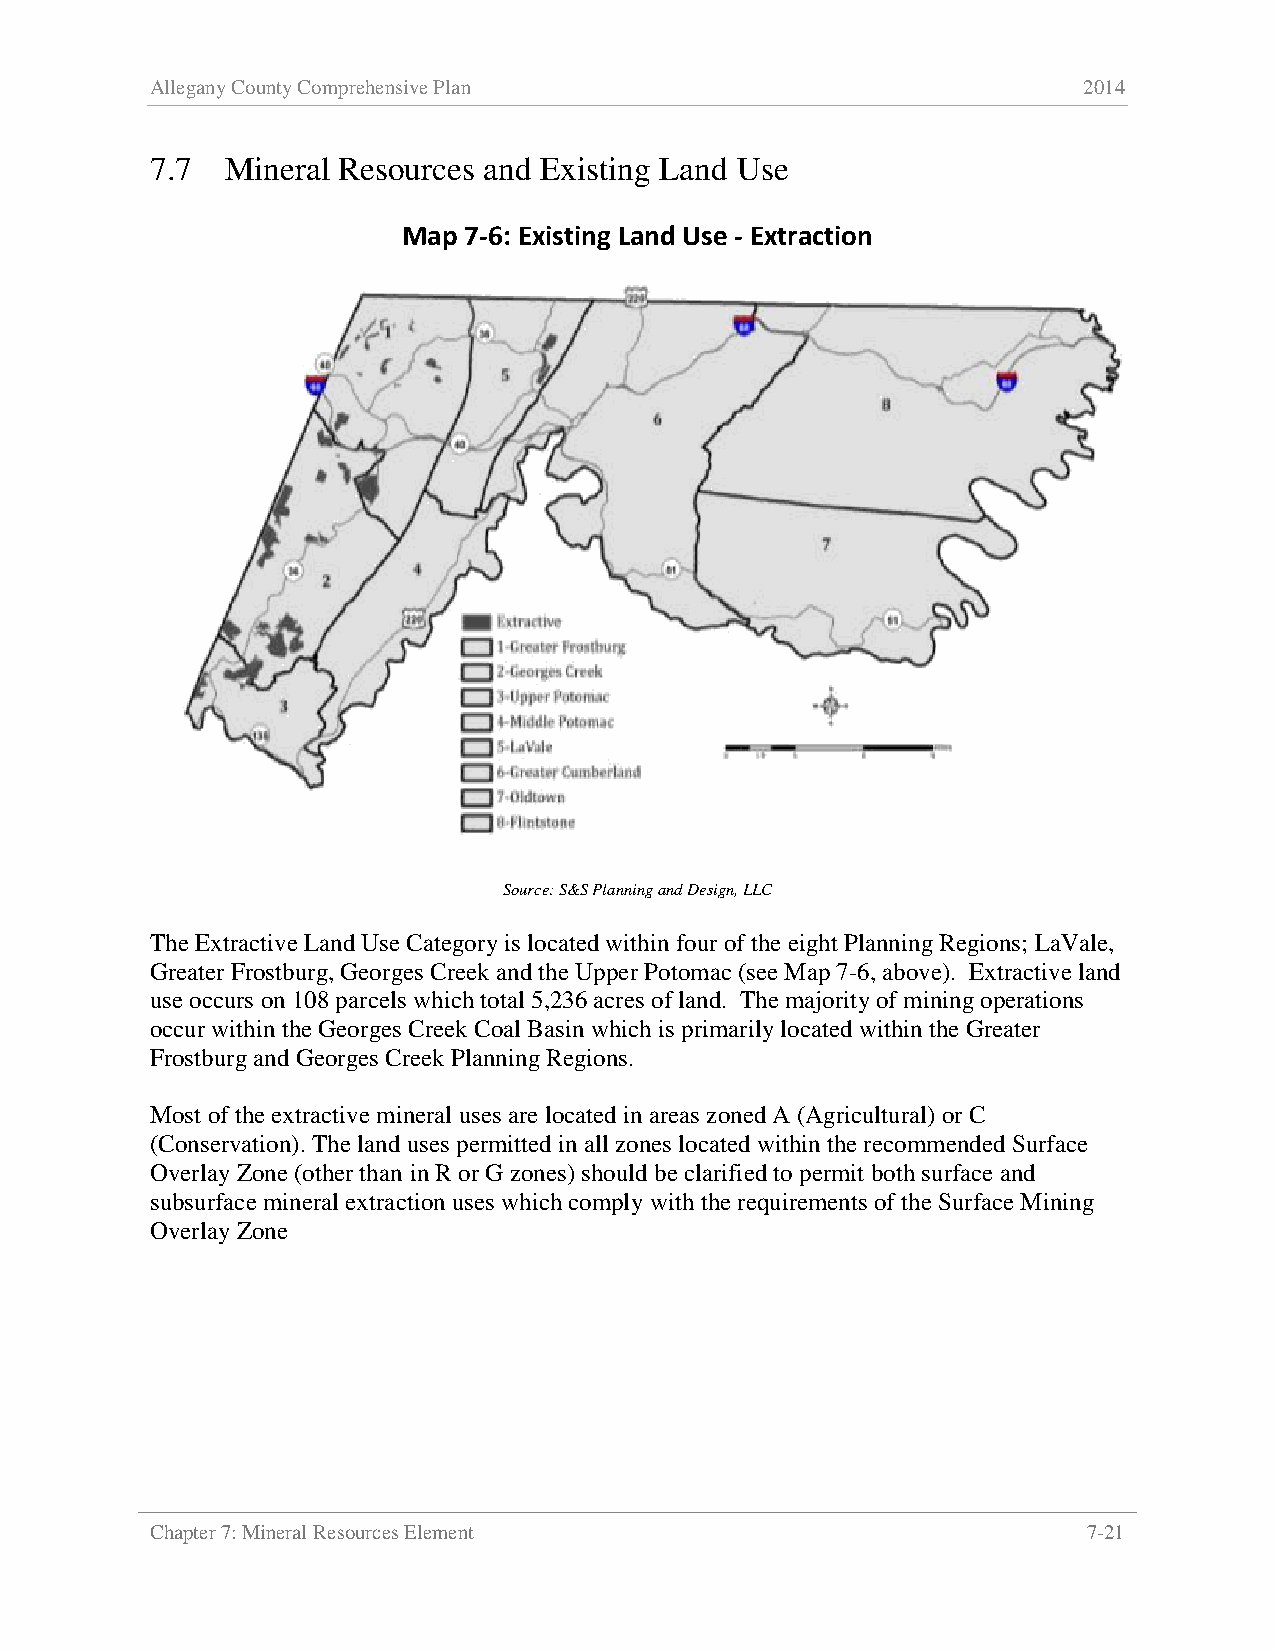
Allegany County Comprehensive Plan                            2014
 7.7  Mineral Resources and Existing Land Use
 Map 7-6: Existing Land Use - Extraction
 Source: S&S Planning and Design, LLC
 The Extractive Land Use Category is located within four of the eight Planning Regions; LaVale,
 Greater Frostburg, Georges Creek and the Upper Potomac (see Map 7-6, above). Extractive land
 use occurs on 108 parcels which total 5,236 acres of land. The majority of mining operations
 occur within the Georges Creek Coal Basin which is primarily located within the Greater
 Frostburg and Georges Creek Planning Regions.
 Most of the extractive mineral uses are located in areas zoned A (Agricultural) or C
 (Conservation). The land uses permitted in all zones located within the recommended Surface
 Overlay Zone (other than in R or G zones) should be clarified to permit both surface and
 subsurface mineral extraction uses which comply with the requirements of the Surface Mining
 Overlay Zone
 Chapter 7: Mineral Resources Element                          7-21